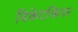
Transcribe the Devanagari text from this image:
विकेटकिपर